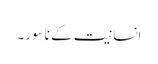
انسانیت کے ناسور۔